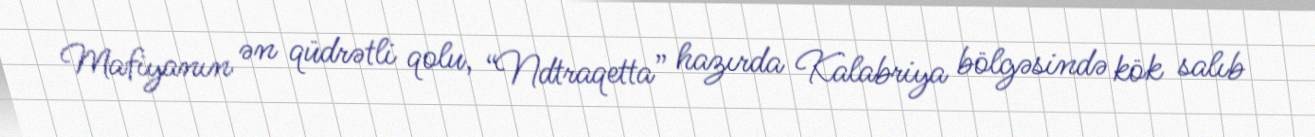
Mafiyanın ən qüdrətli qolu, “Ndtraqetta” hazırda Kalabriya bölgəsində kök salıb